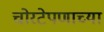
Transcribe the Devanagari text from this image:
चोरटेपणाच्या